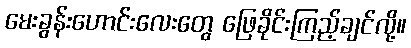
မေးခွန်းဟောင်းလေးတွေ ဖြေခိုင်းကြည့်ချင်လို့။